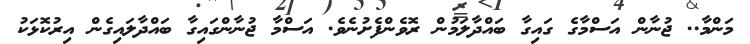
މަންމާ.. ޖުނާން އަސްމާގެ ގައިގާ ބައްދާލަމުން ރޮވެންފެށުނެވެ. އަސްމާ ޖުނާންގައިގާ ބައްދާލައިގެން އިރުކޮޅަކު